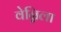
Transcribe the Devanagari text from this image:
वेन्निला